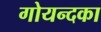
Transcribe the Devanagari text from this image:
गोयन्‍दका